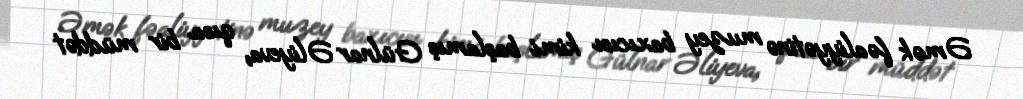
Əmək fəaliyyətinə muzey baxıcısı kimi başlamış Gülnar Əliyeva, qısa bir müddət